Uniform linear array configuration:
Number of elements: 48
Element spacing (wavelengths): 0.5
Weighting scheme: blackman
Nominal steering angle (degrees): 45
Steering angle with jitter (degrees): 43.363
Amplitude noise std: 0.05
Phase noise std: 0.05

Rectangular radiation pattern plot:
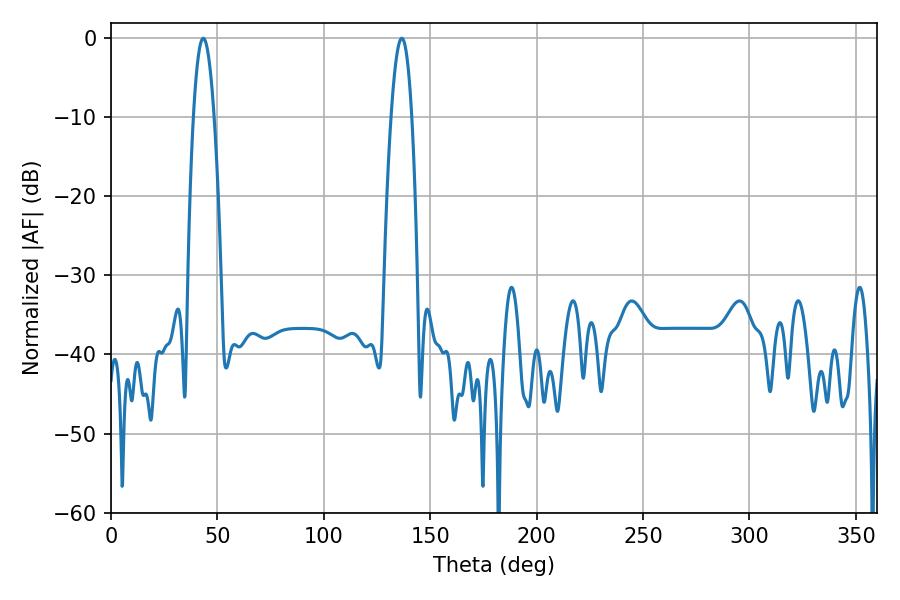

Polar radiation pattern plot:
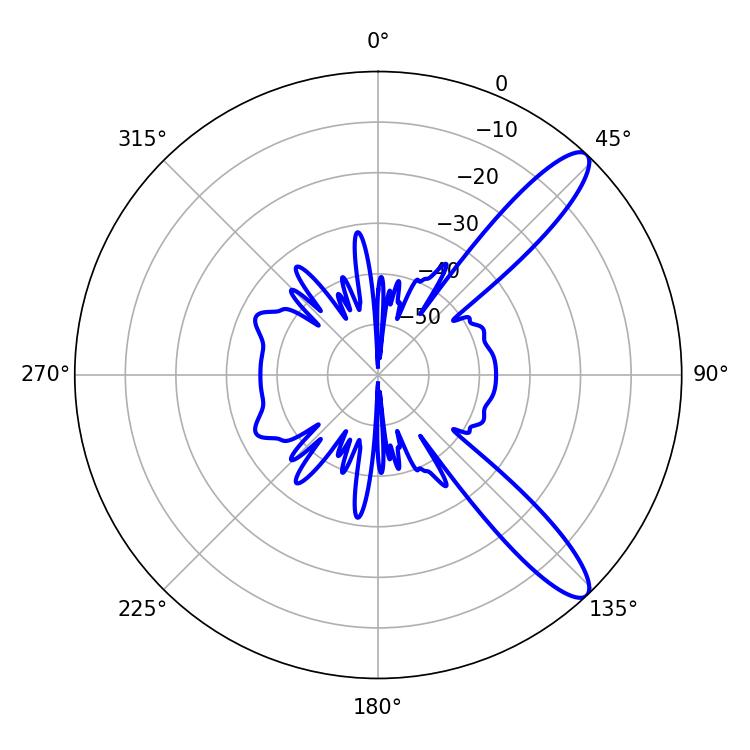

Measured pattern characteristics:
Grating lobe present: FALSE
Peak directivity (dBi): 11.592
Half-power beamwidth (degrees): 5.4
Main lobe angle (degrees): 43.38